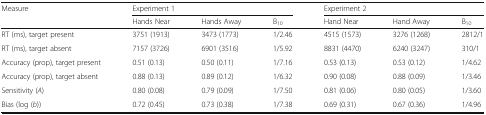
| <ROWSPAN=2> Measure | <COLSPAN=3> Experiment 1 | <COLSPAN=3> Experiment 2 |
 | Hands Near | Hands Away | B10 | Hand Near | Hand Away | B10 |
 | --- | --- | --- | --- | --- | --- | --- |
 | RT (ms), target present | 3751 (1913) | 3473 (1773) | 1/2.46 | 4515 (1573) | 3276 (1268) | 2812/1 |
 | RT (ms), target absent | 7157 (3726) | 6901 (3516) | 1/5.92 | 8831 (4470) | 6240 (3247) | 310/1 |
 | Accuracy (prop), target present | 0.51 (0.13) | 0.50 (0.11) | 1/7.16 | 0.53 (0.13) | 0.53 (0.12) | 1/4.62 |
 | Accuracy (prop), target absent | 0.88 (0.13) | 0.89 (0.12) | 1/6.32 | 0.90 (0.08) | 0.88 (0.09) | 1/3.46 |
 | Sensitivity (A) | 0.80 (0.08) | 0.79 (0.09) | 1/7.50 | 0.81 (0.06) | 0.80 (0.05) | 1/3.60 |
 | Bias (log (b)) | 0.72 (0.45) | 0.73 (0.38) | 1/7.38 | 0.69 (0.31) | 0.67 (0.36) | 1/4.96 |